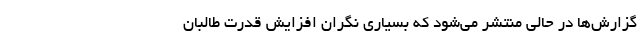
گزارش‌ها در حالی منتشر می‌شود که بسیاری نگران افزایش قدرت طالبان